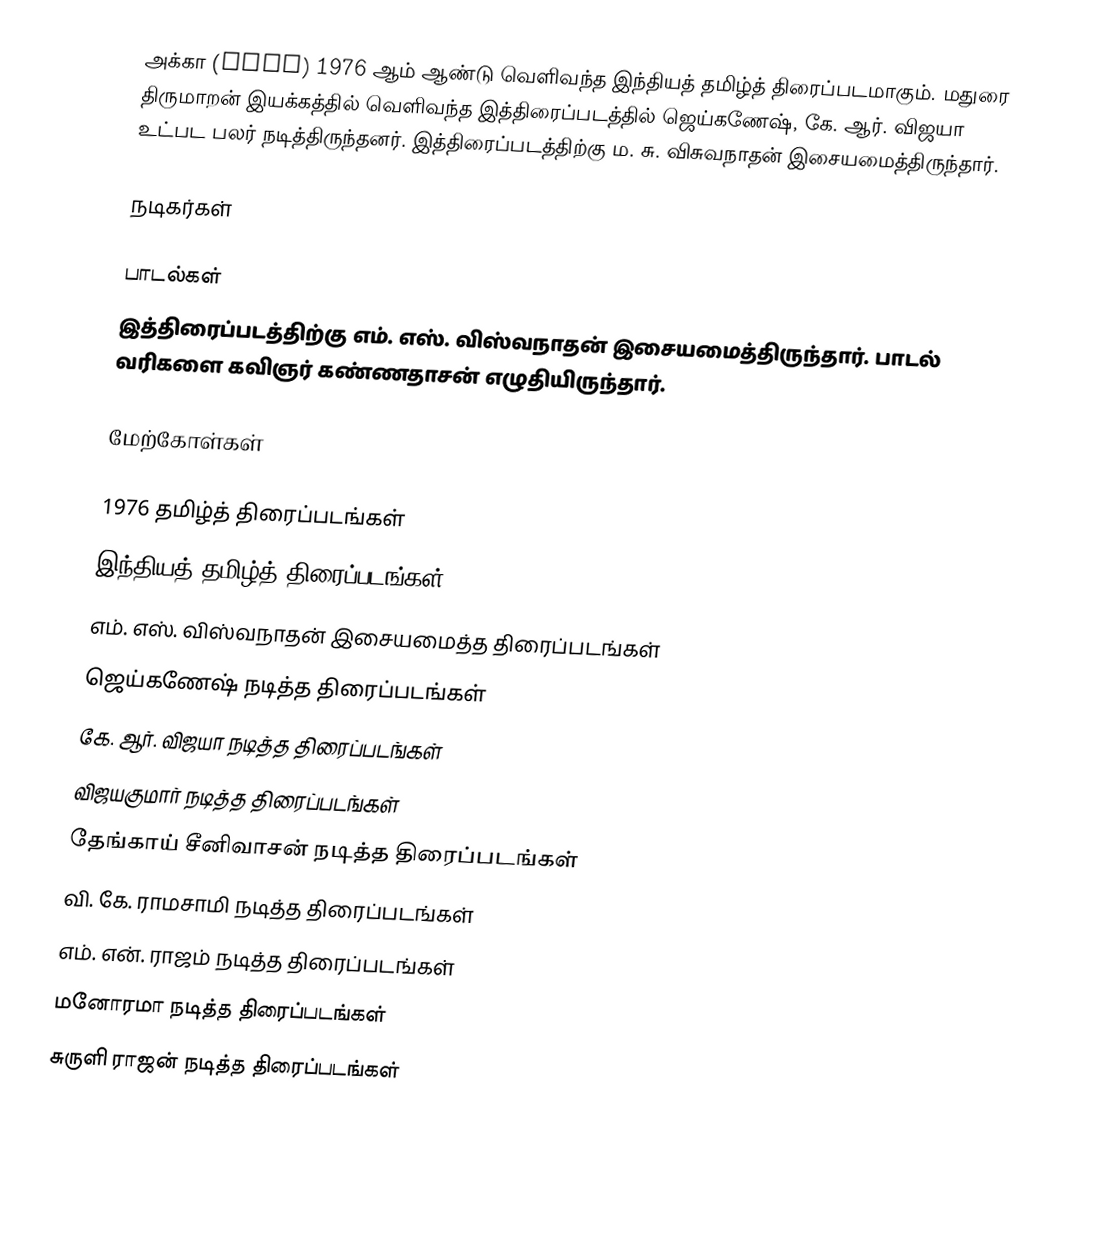
அக்கா (Akka) 1976 ஆம் ஆண்டு வெளிவந்த இந்தியத் தமிழ்த் திரைப்படமாகும். மதுரை திருமாறன் இயக்கத்தில் வெளிவந்த இத்திரைப்படத்தில் ஜெய்கணேஷ், கே. ஆர். விஜயா உட்பட பலர் நடித்திருந்தனர். இத்திரைப்படத்திற்கு ம. சு. விசுவநாதன் இசையமைத்திருந்தார்.

நடிகர்கள்

பாடல்கள்
இத்திரைப்படத்திற்கு எம். எஸ். விஸ்வநாதன் இசையமைத்திருந்தார். பாடல் வரிகளை கவிஞர் கண்ணதாசன் எழுதியிருந்தார்.

மேற்கோள்கள்

1976 தமிழ்த் திரைப்படங்கள்
இந்தியத் தமிழ்த் திரைப்படங்கள்
எம். எஸ். விஸ்வநாதன் இசையமைத்த திரைப்படங்கள்
ஜெய்கணேஷ் நடித்த திரைப்படங்கள்
கே. ஆர். விஜயா நடித்த திரைப்படங்கள்
விஜயகுமார் நடித்த திரைப்படங்கள்
தேங்காய் சீனிவாசன் நடித்த திரைப்படங்கள்
வி. கே. ராமசாமி நடித்த திரைப்படங்கள்
எம். என். ராஜம் நடித்த திரைப்படங்கள்
மனோரமா நடித்த திரைப்படங்கள்
சுருளி ராஜன் நடித்த திரைப்படங்கள்